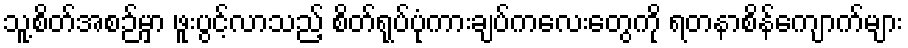
သူ့စိတ်အစဉ်မှာ ဖူးပွင့်လာသည့် စိတ်ရုပ်ပုံကားချပ်ကလေးတွေကို ရတနာစိန်ကျောက်များ